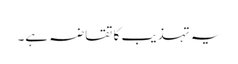
یہ تہذیب کا تقاضہ ہے۔